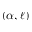
( \alpha , \ell )